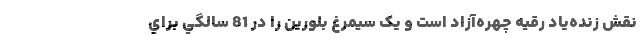
نقش زنده‌ياد رقيه چهره‌آزاد است و يک سيمرغ بلورين را در 81 سالگي براي